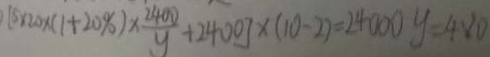
[ 5 \times 2 0 \times ( 1 + 2 0 \% ) \times \frac { 2 4 0 0 } { y } + 2 4 0 0 ] \times ( 1 0 - 2 ) = 2 4 0 0 0 y = 4 8 0